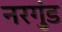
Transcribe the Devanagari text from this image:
नरगुंड